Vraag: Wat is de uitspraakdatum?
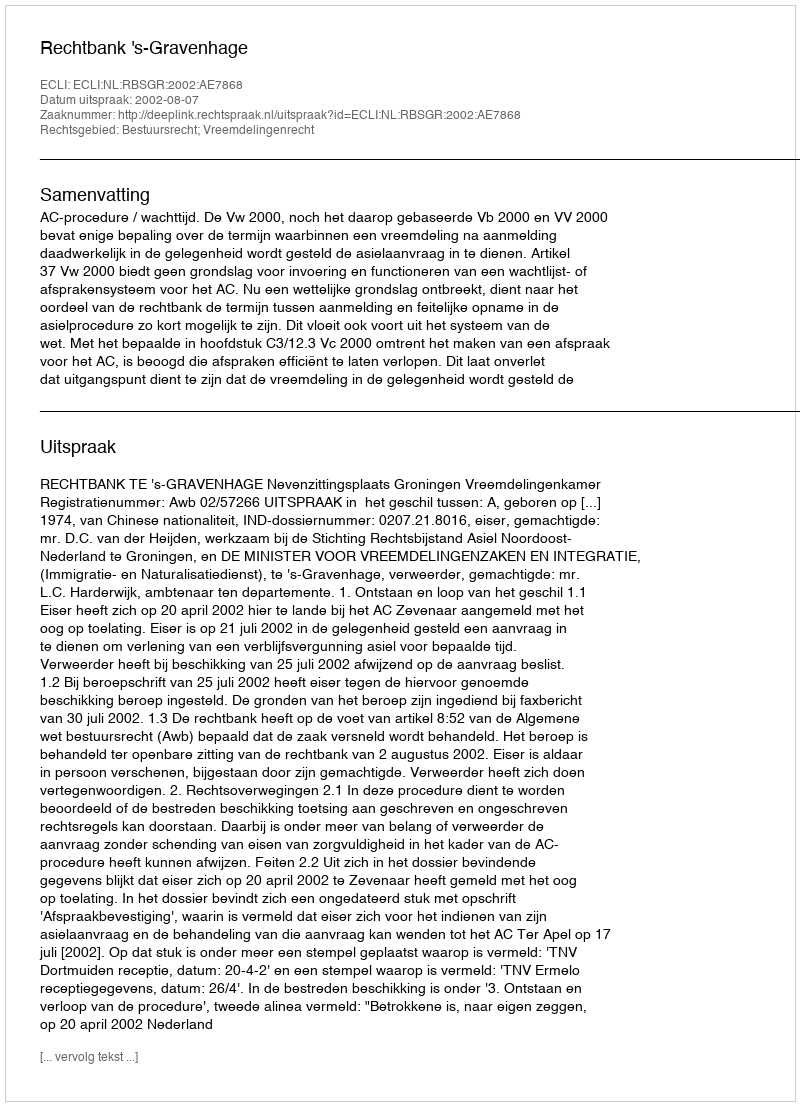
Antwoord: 2002-08-07